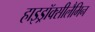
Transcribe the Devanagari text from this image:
हाइड्रॉक्सीलैमिन